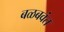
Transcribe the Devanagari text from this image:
बळबवंत